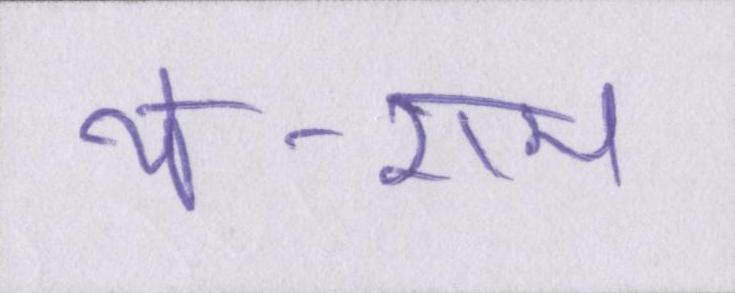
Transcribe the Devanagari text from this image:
थे-राम